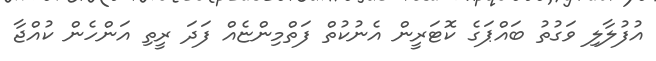
އުފުލާލި ވަގުތު ބައްޕަގެ ކޮޓަރީން އެނުކުތް ފަތްމިންޏެއް ފަދަ ރީތި އަންހެން ކުއްޖާ